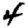
Digit: 4